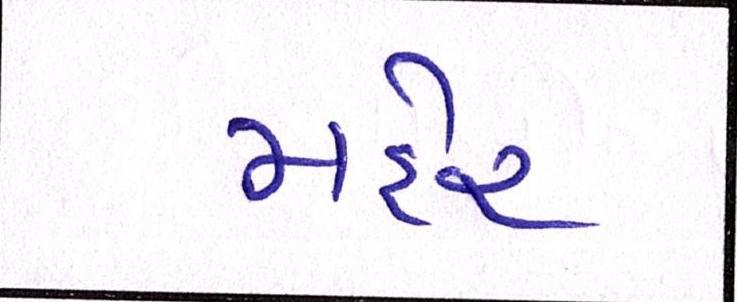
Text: મહેર